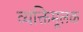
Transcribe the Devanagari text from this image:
व्यक्तिमूलक